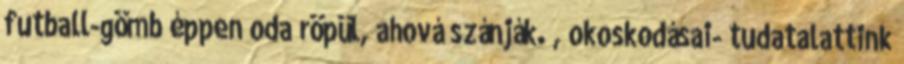
futball-gömb éppen oda röpül, ahová szánják. , okoskodásai- tudatalattink